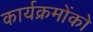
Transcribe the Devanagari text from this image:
कार्यक्रमोंको